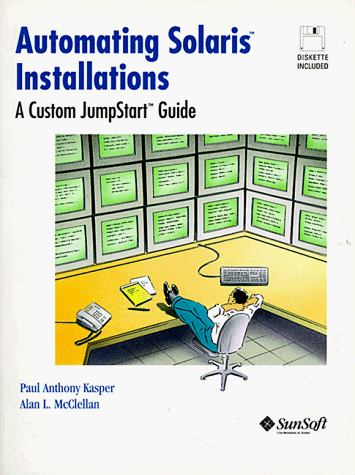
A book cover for Automating Solaris Installations: A Custom Jumpstart Guide (Bk/Disk); Paul Kasper; Computers & Technology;